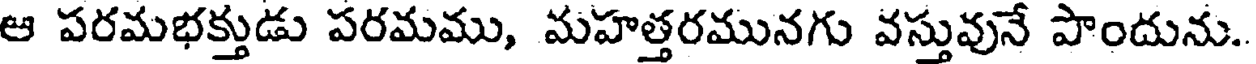
ఆ పరమభక్తుడు పరమము, మహత్తరమునగు వస్తువునే పొందును.